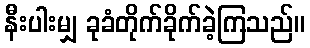
နီးပါးမျှ ခုခံတိုက်ခိုက်ခဲ့ကြသည်။